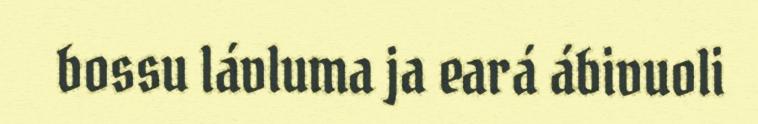
bossu lávluma ja eará ábivuoli